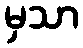
မှသာ